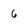
Character: 6